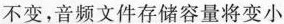
不变，音频文件存储容量将变小